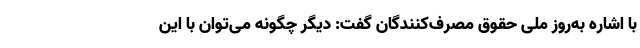
با اشاره به‌روز ملی حقوق مصرف‌کنندگان گفت: دیگر چگونه می‌توان با این